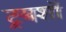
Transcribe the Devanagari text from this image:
ट्रबशॉ